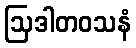
ဩဒါတဝသနံ